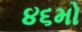
૪૬મો